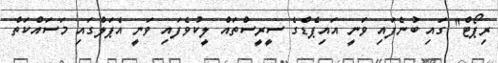
ރިޕޯޓް" ގައި ބުނެފައި ވަނީ އައިޕެޑްގެ ސީރީސްތައް ލީކުވެފައި ވަނީ އެޕަލްގައި މަސައްކަތް